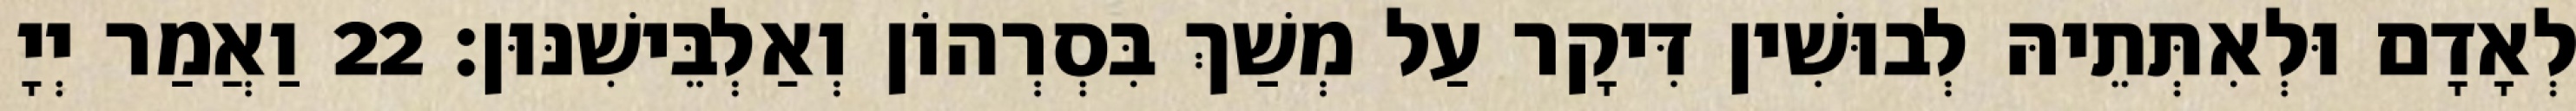
לְאָדָם וּלְאִתְּתֵיהּ לְבוּשִׁין דִּיקָר עַל מְשַׁךְ בִּסְרְהוֹן וְאַלְבֵּישִׁנּוּן׃ 22 וַאֲמַר יְיָ